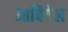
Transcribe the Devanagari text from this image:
आबिगेल